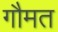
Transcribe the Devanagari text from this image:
गौमत